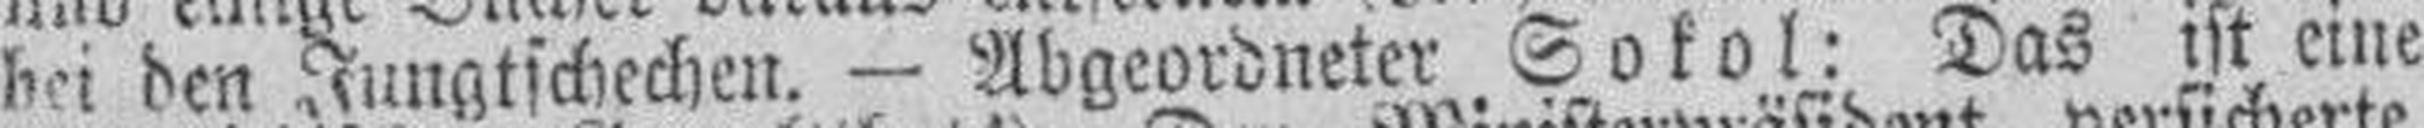
bei den Jungtschechen. — Abgeordneter Sokol: Das ist eine